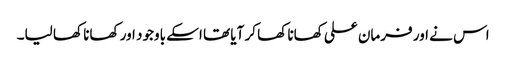
اس نے اور فرمان علی کھانا کھا کر آیا تھا اسکے باوجود اور کھانا کھا لیا۔